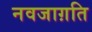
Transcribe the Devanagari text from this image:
नवजाग़ति